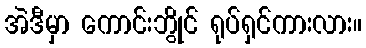
အဲဒီမှာ ကောင်းဘွိုင် ရုပ်ရှင်ကားလား။